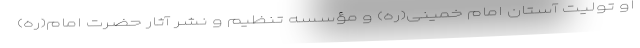
او تولیت آستان امام خمینی(ره) و مؤسسه تنظیم و نشر آثار حضرت امام(ره)